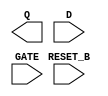
/**
 * Copyright 2020 The SkyWater PDK Authors
 *
 * Licensed under the Apache License, Version 2.0 (the "License");
 * you may not use this file except in compliance with the License.
 * You may obtain a copy of the License at
 *
 *     https://www.apache.org/licenses/LICENSE-2.0
 *
 * Unless required by applicable law or agreed to in writing, software
 * distributed under the License is distributed on an "AS IS" BASIS,
 * WITHOUT WARRANTIES OR CONDITIONS OF ANY KIND, either express or implied.
 * See the License for the specific language governing permissions and
 * limitations under the License.
 *
 * SPDX-License-Identifier: Apache-2.0
 */

`ifndef SKY130_FD_SC_HDLL__DLRTP_BLACKBOX_V
`define SKY130_FD_SC_HDLL__DLRTP_BLACKBOX_V

/**
 * dlrtp: Delay latch, inverted reset, non-inverted enable,
 *        single output.
 *
 * Verilog stub definition (black box without power pins).
 *
 * WARNING: This file is autogenerated, do not modify directly!
 */

`timescale 1ns / 1ps
`default_nettype none

(* blackbox *)
module sky130_fd_sc_hdll__dlrtp (
    Q      ,
    RESET_B,
    D      ,
    GATE
);

    output Q      ;
    input  RESET_B;
    input  D      ;
    input  GATE   ;

    // Voltage supply signals
    supply1 VPWR;
    supply0 VGND;
    supply1 VPB ;
    supply0 VNB ;

endmodule

`default_nettype wire
`endif  // SKY130_FD_SC_HDLL__DLRTP_BLACKBOX_V